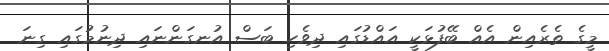
މީގެ ތެރެއިން އެއް ބޭފުޅަކީ އައްޑުގައި ދިވެހި ބަސް އުނގަންނައި ދިނުމުގައި ގިނަ